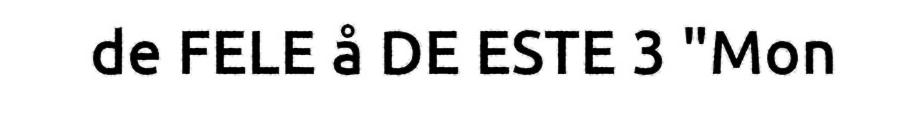
de FELE å DE ESTE 3 "Mon